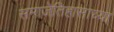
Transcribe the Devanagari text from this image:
समाजेतिहासाच्या